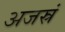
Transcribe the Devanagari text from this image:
अजस्रं